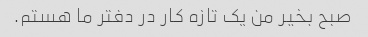
صبح بخیر من یک تازه کار در دفتر ما هستم.